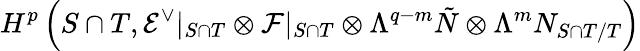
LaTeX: H^{p}\left({S\cap T},{\cal E}^{\vee}|_{S\cap T}\otimes{\cal F}|_{S\cap T}\otimes\Lambda^{q-m}\tilde{N}\otimes\Lambda^{m}N_{S\cap T/T}\right)